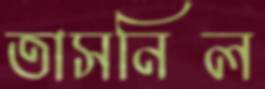
তাসনিল